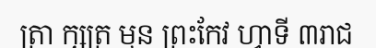
ត្រា ក្សត្រ មុន ព្រះកែវ ហ្វាទី ៣រាជ